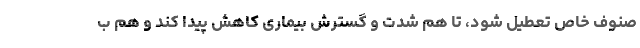
صنوف خاص تعطیل شود، تا هم شدت و گسترش بیماری کاهش پیدا کند و هم ب